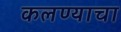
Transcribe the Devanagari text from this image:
कलण्याचा